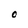
Character: O